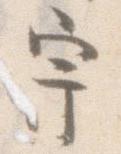
宇